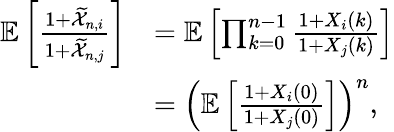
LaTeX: \begin{array}{rl}{\mathbb{E}\left[\frac{1+\widetilde{\mathcal{X}}_{n,i}}{1+\widetilde{\mathcal{X}}_{n,j}}\right]}&{=\mathbb{E}\left[\prod_{k=0}^{n-1}\frac{1+X_{i}(k)}{1+X_{j}(k)}\right]}\\ &{=\left(\mathbb{E}\left[\frac{1+X_{i}(0)}{1+X_{j}(0)}\right]\right)^{n},}\end{array}